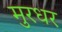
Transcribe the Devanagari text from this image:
मुरधर